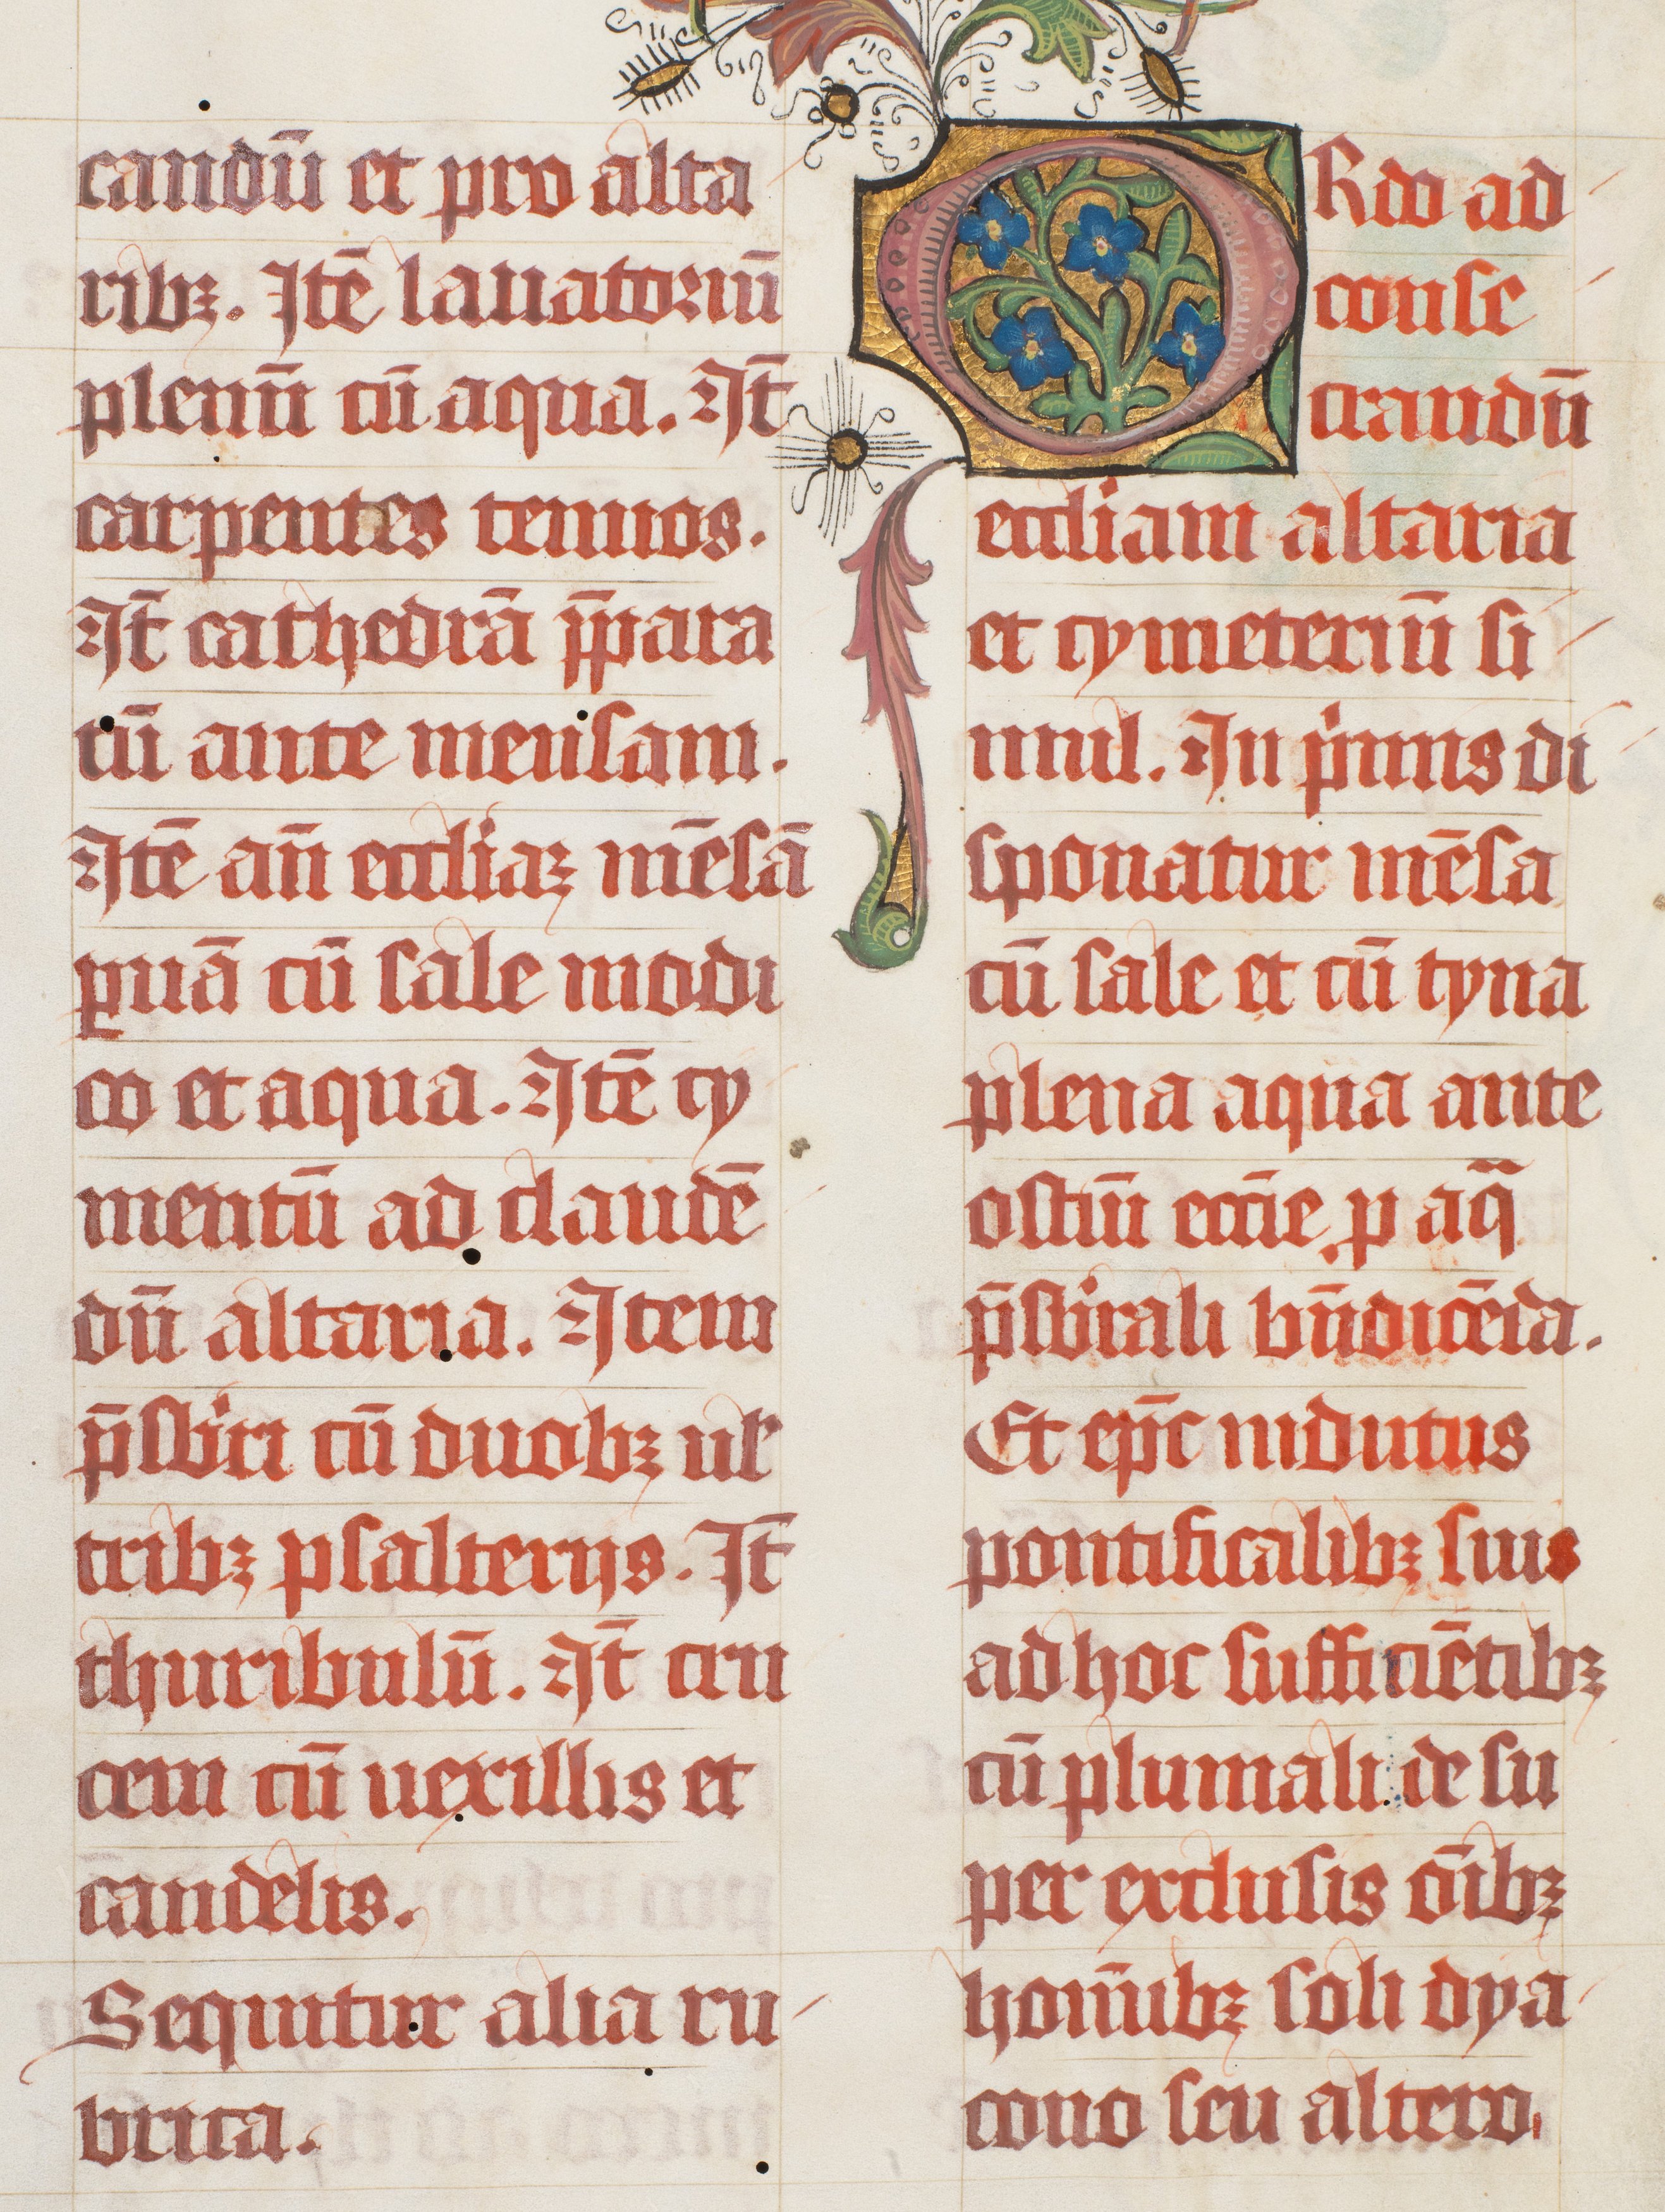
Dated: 1447–1478